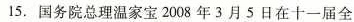
15.国务院总理温家宝2008年3月5日在十一届全